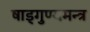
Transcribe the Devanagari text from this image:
षाड्गुण्यमन्त्र